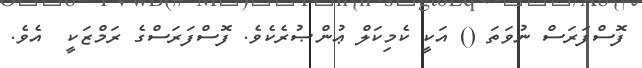
ފޮސްފަރަސް ނުވަތަ () އަކީ ކެމިކަލް ޢުންޞުރެކެވެ. ފޮސްފަރަސްގެ ރަމްޒަކީ  އެވެ.